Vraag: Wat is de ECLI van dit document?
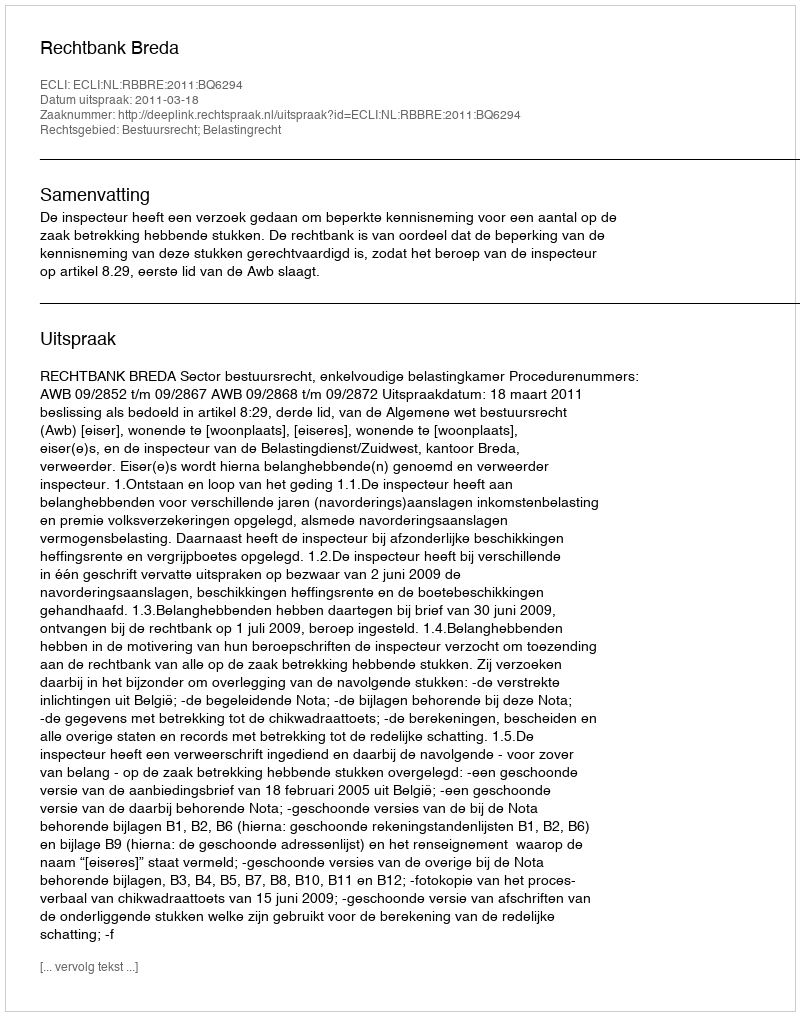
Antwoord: ECLI:NL:RBBRE:2011:BQ6294